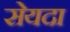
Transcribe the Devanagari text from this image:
सेयदा